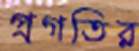
প্রগতির